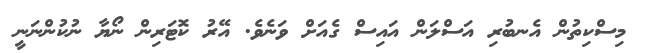
މިސްކިތުން އެނބުރި އަސްލަން އައިސް ގެއަށް ވަނެވެ. އޭރު ކޮޓަރިން ނޯޔާ ނުކުންނަނީ